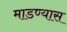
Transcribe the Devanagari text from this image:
माडण्यास